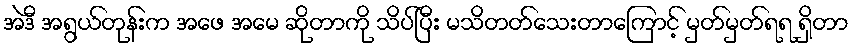
အဲဒီ အရွယ်တုန်းက အဖေ အမေ ဆိုတာကို သိပ်ပြီး မသိတတ်သေးတာကြောင့် မှတ်မှတ်ရရ ရှိတာ